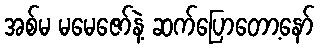
အစ်မ မမေဇော်နဲ့ ဆက်ပြောတော့နော်